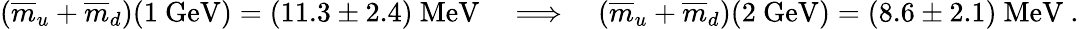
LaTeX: (\overline{{{m}}}_{u}+\overline{{{m}}}_{d})(1~\mathrm{{GeV}})=(11.3\pm 2.4)~{\mathrm{MeV}}~~~~\Longrightarrow~~~~(\overline{{{m}}}_{u}+\overline{{{m}}}_{d})(2~\mathrm{GeV})=(8.6\pm 2.1)~\mathrm{MeV}~.